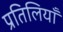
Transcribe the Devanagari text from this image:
प्रतिलियाँ